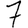
Digit: 7